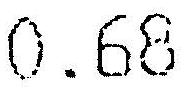
0.68